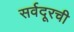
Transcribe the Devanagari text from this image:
सर्वदूरची